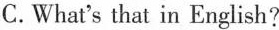
C.What's that in English?